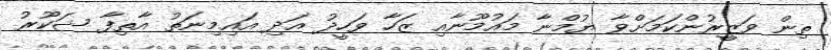
ތިން ވަޒީރުންކަމަށްވާ ޔުމްނާ މައުމޫނާއި ޒަހާ ވަހީދު އަދި އައިމިނަތު އާތިފާ ޝަކޫރު